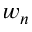
w _ { n }